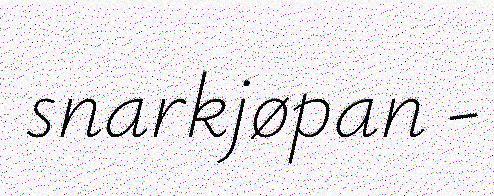
snarkjøpan -